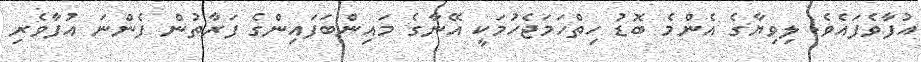
އުފާވެފައެވެ. ލިވިޔާގެ އެންމެ ބޮޑު ހިތްހަމަޖެހުމަކީ އޭނާގެ މައިންބަފައިންގެ ފަރާތުން ފެންނަ އުފާވެރި